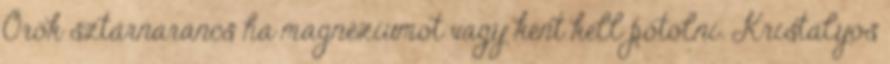
Örök sztárnarancs ha magnéziumot vagy ként kell pótolni. Kristályos